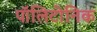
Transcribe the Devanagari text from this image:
पॉलिटोनिक